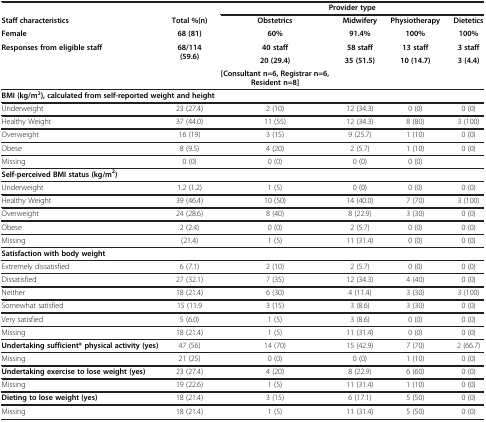
<table><thead><tr><td><b> </b></td><td><b> </b></td><td colspan="4"><b>Provider type</b></td></tr><tr><td><b>Staff characteristics</b></td><td><b>Total %(n)</b></td><td><b>Obstetrics</b></td><td><b>Midwifery</b></td><td><b>Physiotherapy</b></td><td><b>Dietetics</b></td></tr><tr><td><b>Female</b></td><td><b>68 (81)</b></td><td><b>60%</b></td><td><b>91.4%</b></td><td><b>100%</b></td><td><b>100%</b></td></tr><tr><td rowspan="3"><b>Responses from eligible staff</b></td><td rowspan="3"><b>68/114 (59.6)</b></td><td><b>40 staff</b></td><td><b>58 staff</b></td><td><b>13 staff</b></td><td><b>3 staff</b></td></tr><tr><td><b>20 (29.4)</b></td><td rowspan="2"><b>35 (51.5)</b></td><td rowspan="2"><b>10 (14.7)</b></td><td rowspan="2"><b>3 (4.4)</b></td></tr><tr><td><b>[Consultant n=6, Registrar n=6,Resident n=8]</b></td></tr></thead><tbody><tr><td colspan="6"><b>BMI (kg/m</b><sup><b>2</b></sup><b>), calculated from self-reported weight and height</b></td></tr><tr><td>Underweight</td><td>23 (27.4)</td><td>2 (10)</td><td>12 (34.3)</td><td>0 (0)</td><td>0 (0)</td></tr><tr><td>Healthy Weight</td><td>37 (44.0)</td><td>11 (55)</td><td>12 (34.3)</td><td>8 (80)</td><td>3 (100)</td></tr><tr><td>Overweight</td><td>16 (19)</td><td>3 (15)</td><td>9 (25.7)</td><td>1 (10)</td><td>0 (0)</td></tr><tr><td>Obese</td><td>8 (9.5)</td><td>4 (20)</td><td>2 (5.7)</td><td>1 (10)</td><td>0 (0)</td></tr><tr><td>Missing</td><td>0 (0)</td><td>0 (0)</td><td>0 (0)</td><td>0 (0)</td><td> </td></tr><tr><td colspan="6"><b>Self-perceived BMI status (kg/m</b><sup><b>2</b></sup><b>)</b></td></tr><tr><td>Underweight</td><td>1.2 (1.2)</td><td>1 (5)</td><td>0 (0)</td><td>0 (0)</td><td>0 (0)</td></tr><tr><td>Healthy Weight</td><td>39 (46.4)</td><td>10 (50)</td><td>14 (40.0)</td><td>7 (70)</td><td>3 (100)</td></tr><tr><td>Overweight</td><td>24 (28.6)</td><td>8 (40)</td><td>8 (22.9)</td><td>3 (30)</td><td>0 (0)</td></tr><tr><td>Obese</td><td>2 (2.4)</td><td>0 (0)</td><td>2 (5.7)</td><td>0 (0)</td><td>0 (0)</td></tr><tr><td>Missing</td><td>(21.4)</td><td>1 (5)</td><td>11 (31.4)</td><td>0 (0)</td><td>0 (0)</td></tr><tr><td colspan="6"><b>Satisfaction with body weight</b></td></tr><tr><td>Extremely dissatisfied</td><td>6 (7.1)</td><td>2 (10)</td><td>2 (5.7)</td><td>0 (0)</td><td>0 (0)</td></tr><tr><td>Dissatisfied</td><td>27 (32.1)</td><td>7 (35)</td><td>12 (34.3)</td><td>4 (40)</td><td>0 (0)</td></tr><tr><td>Neither</td><td>18 (21.4)</td><td>6 (30)</td><td>4 (11.4)</td><td>3 (30)</td><td>3 (100)</td></tr><tr><td>Somewhat satisfied</td><td>15 (11.9</td><td>3 (15)</td><td>3 (8.6)</td><td>3 (30)</td><td>0 (0)</td></tr><tr><td>Very satisfied</td><td>5 (6.0)</td><td>1 (5)</td><td>3 (8.6)</td><td>0 (0)</td><td>0 (0)</td></tr><tr><td>Missing</td><td>18 (21.4)</td><td>1 (5)</td><td>11 (31.4)</td><td>0 (0)</td><td>0 (0)</td></tr><tr><td><b>Undertaking sufficient* physical activity (yes)</b></td><td>47 (56)</td><td>14 (70)</td><td>15 (42.9)</td><td>7 (70)</td><td>2 (66.7)</td></tr><tr><td>Missing</td><td>21 (25)</td><td>0 (0)</td><td>0 (0)</td><td>1 (10)</td><td>0 (0)</td></tr><tr><td><b>Undertaking exercise to lose weight (yes)</b></td><td>23 (27.4)</td><td>4 (20)</td><td>8 (22.9)</td><td>6 (60)</td><td>0 (0)</td></tr><tr><td>Missing</td><td>19 (22.6)</td><td>1 (5)</td><td>11 (31.4)</td><td>1 (10)</td><td>0 (0)</td></tr><tr><td><b>Dieting to lose weight (yes)</b></td><td>18 (21.4)</td><td>3 (15)</td><td>6 (17.1)</td><td>5 (50)</td><td>0 (0)</td></tr><tr><td>Missing</td><td>18 (21.4)</td><td>1 (5)</td><td>11 (31.4)</td><td>5 (50)</td><td>0 (0)</td></tr></tbody></table>